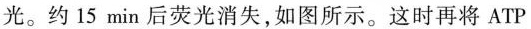
光。约15min后荧光消失，如图所示。这时再将ATP